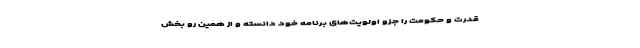
قدرت و حکومت را جزو اولویت‌های برنامه خود دانسته و از همین رو بخش